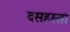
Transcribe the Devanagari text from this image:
दसहस्ता